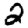
Digit: 2